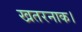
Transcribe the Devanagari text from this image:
खतरनाक।